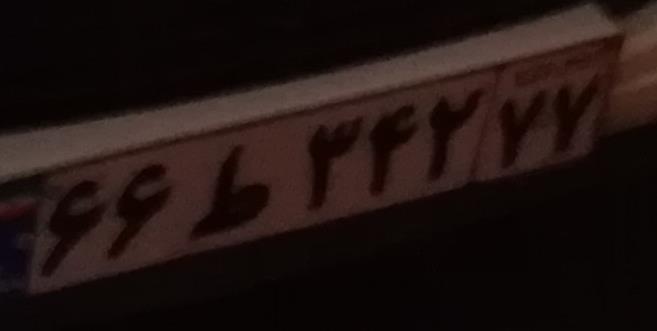
۶۶ط۳۴۲۷۷